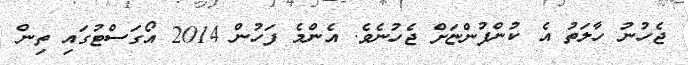
ޖެހުނު ހާލަތު އެ ކުންފުންޏަށް ޖެހުނެވެ. އެންމެ ފަހުން 2014 އޯގަސްޓުގައި ތިން